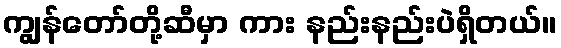
ကျွန်တော်တို့ဆီမှာ ကား နည်းနည်းပဲရှိတယ်။